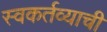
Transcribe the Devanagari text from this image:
स्वकर्तव्याची